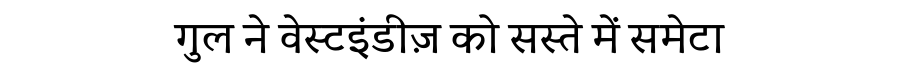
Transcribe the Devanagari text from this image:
गुल ने वेस्टइंडीज़ को सस्ते में समेटा